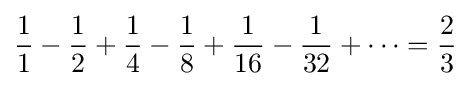
{1 \over 1}-{1 \over 2}+{1 \over 4}-{1 \over 8}+{1 \over 16}-{1 \over 32}+\cdots ={2 \over 3}